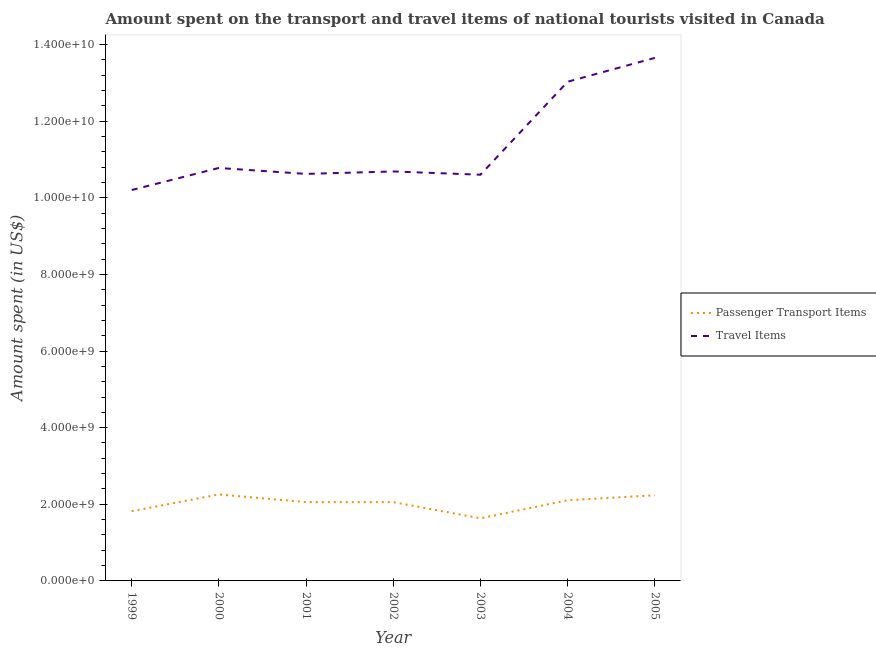
| Year | Passenger Transport Items | Travel Items |
 | --- | --- | --- |
 | 1999 | 1.82e+09 | 1.02e+10 |
 | 2000 | 2.26e+09 | 1.08e+10 |
 | 2001 | 2.06e+09 | 1.06e+10 |
 | 2002 | 2.06e+09 | 1.07e+10 |
 | 2003 | 1.63e+09 | 1.06e+10 |
 | 2004 | 2.11e+09 | 1.3e+10 |
 | 2005 | 2.24e+09 | 1.37e+10 |